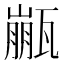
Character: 𱰏